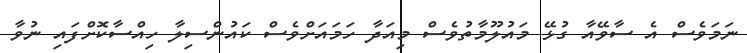
ނަމަވެސް އެ ސާވޭއާ ގުޅޭ މައުލޫމާތުވެސް މިއަދާ ހަަމައަށްވެސް ކައުންސިލާ ހިއްސާކޮށްފައި ނުވާ